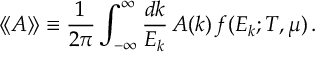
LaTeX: \langle \! \langle A \rangle \! \rangle \equiv { \frac { 1 } { 2 \pi } } \int _ { - \infty } ^ { \infty } { \frac { d k } { E _ { k } } } \, A ( k ) \, f ( E _ { k } ; T , \mu ) \, .